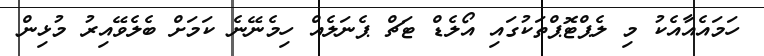
ހަމައެއާއެކު މި ލެޕްޓޮޕްތަކުގައި އޯލެޑް ޓަޗް ޕެނަލެއް ހިމެނޭނެ ކަމަށް ބެލެވޭއިރު މުޅިން